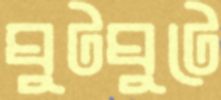
ঘুটঘুটে